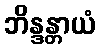
ဘိန္ဒန္တာယံ